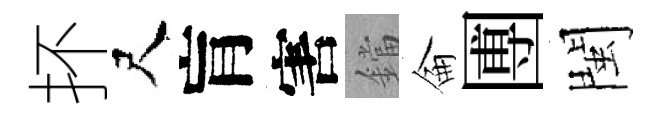
抔尺肓害鐺侖圑閩